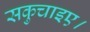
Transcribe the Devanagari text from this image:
सकुचाइए।